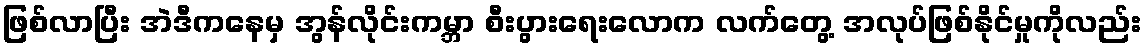
ဖြစ်လာပြီး အဲဒီကနေမှ အွန်လိုင်းကမ္ဘာ စီးပွားရေးလောက လက်တွေ့ အလုပ်ဖြစ်နိုင်မှုကိုလည်း